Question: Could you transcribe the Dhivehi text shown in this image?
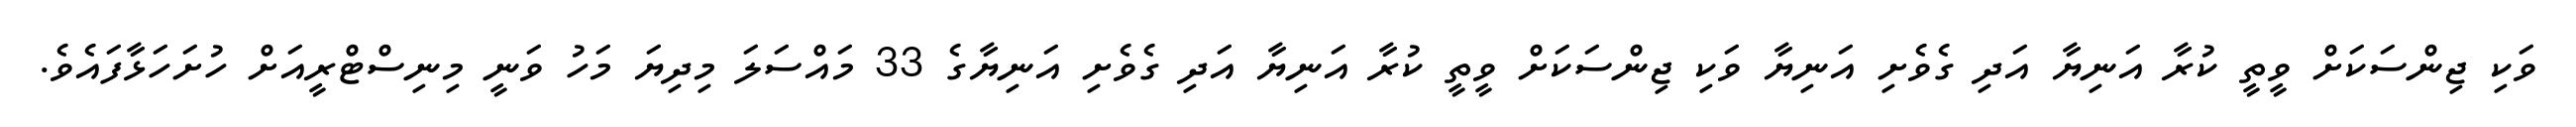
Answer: ވަކި ޖިންސަކަށް ވީތީ ކުރާ އަނިޔާ އަދި ގެވެށި އަނިޔާ ވަކި ޖިންސަކަށް ވީތީ ކުރާ އަނިޔާ އަދި ގެވެށި އަނިޔާގެ 33 މައްސަލަ މިދިޔަ މަހު ވަނީ މިނިސްޓްރީއަށް ހުށަހަޅާފައެވެ.